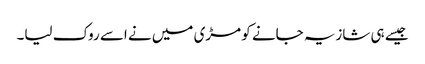
جیسے ہی شازیہ جانے کو مڑی میں نے اسے روک لیا۔